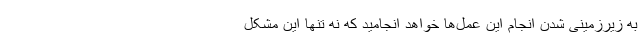
به زیرزمینی شدن انجام این عمل‌ها خواهد انجامید که نه تنها این مشکل